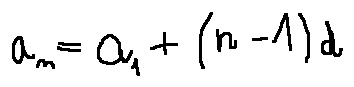
a _ { n } = a _ { 1 } + ( n - 1 ) d